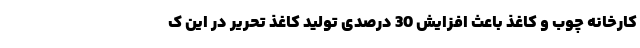
کارخانه چوب و کاغذ باعث افزایش 30 درصدی تولید کاغذ تحریر در این ک